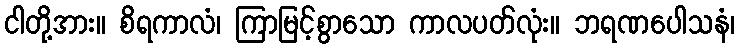
ငါတို့အား။ စိရကာလံ၊ ကြာမြင့်စွာသော ကာလပတ်လုံး။ ဘရဏပေါသနံ၊